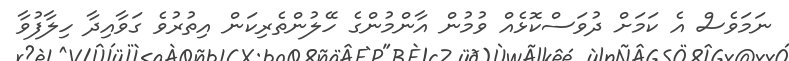
ނަމަވެސް އެ ކަމަށް ދުވަސްކޮޅެއް ވުމުން އާންމުންގެ ހޭލުންތެރިކަން އިތުރުވެ ގަވާއިދާ ހިލާފުވާ